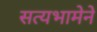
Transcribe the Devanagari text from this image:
सत्यभामेने